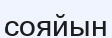
сояйын